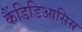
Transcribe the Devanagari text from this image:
कैंडिडिआसिस